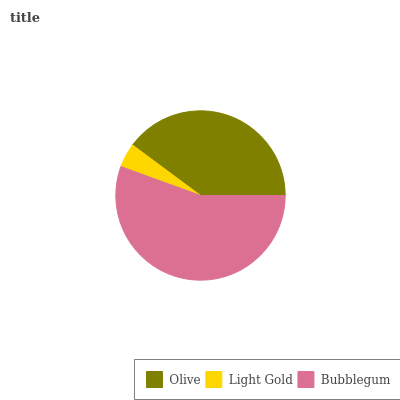
| Olive | Light Gold | Bubblegum |
 | --- | --- | --- |
 | 39.8% | 4.63% | 55.6% |